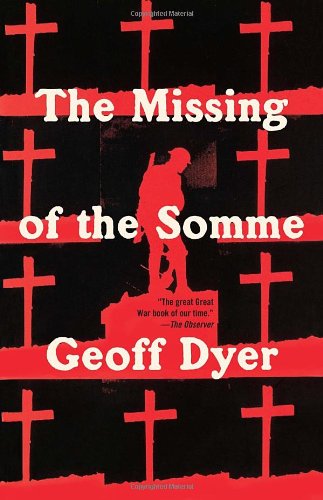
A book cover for The Missing of the Somme; Geoff Dyer; History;